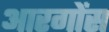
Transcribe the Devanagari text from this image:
आरगोंस